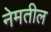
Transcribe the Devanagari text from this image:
नेमतील